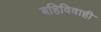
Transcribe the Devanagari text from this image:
बहिविवाही